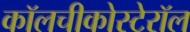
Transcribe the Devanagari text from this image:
कॉलचीकोस्टेरॉल